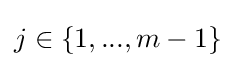
j\in \{1,...,m-1\}